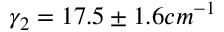
\gamma _ { 2 } = 1 7 . 5 \pm 1 . 6 c m ^ { - 1 }